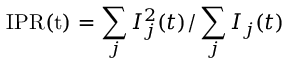
\mathrm { I P R ( t ) } = \sum _ { j } I _ { j } ^ { 2 } ( t ) / \sum _ { j } I _ { j } ( t )